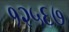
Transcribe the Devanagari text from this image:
१२५६७